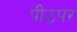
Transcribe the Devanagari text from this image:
पीठपर